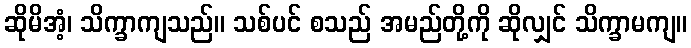
ဆိုမိအံ့၊ သိက္ခာကျသည်။ သစ်ပင် စသည် အမည်တို့ကို ဆိုလျှင် သိက္ခာမကျ။